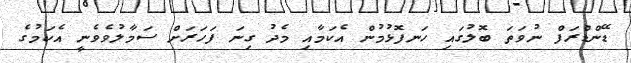
ޑޭންޑްރަފް ނުވަތަ ބޮލުގައި ހަނފޮޅުމުން އެކަމާއި މެދު ގިނަ ފަހަރަށް ސަމާލުވެވެނީ އެކަމުގެ